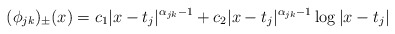
\begin{align*} (\phi_{jk})_\pm(x) = c_1|x-t_j|^{\alpha_{jk}- 1} + c_2|x-t_j|^{\alpha_{jk}- 1}\log|x-t_j|\end{align*}